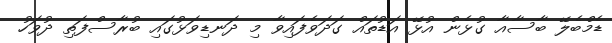
ޑެމްބެލޭ ބާސާއާ ގުޅެން އުޅޭ އަޑުތައް ގަދަވެފައިވާ މި ދަނޑިވަޅުގައި ބުރާސްފަތި ދުވަހު